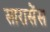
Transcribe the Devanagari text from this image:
सारासेंस